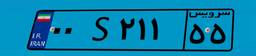
۶۴S۶۲۷۷۲